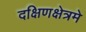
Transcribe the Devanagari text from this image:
दक्षिणक्षेत्रमे